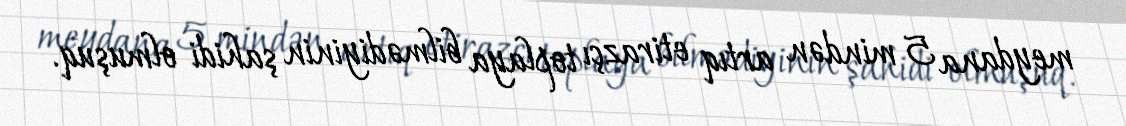
meydana 5 mindən artıq etirazçı toplaya bilmədiyinin şahidi olmuşuq.